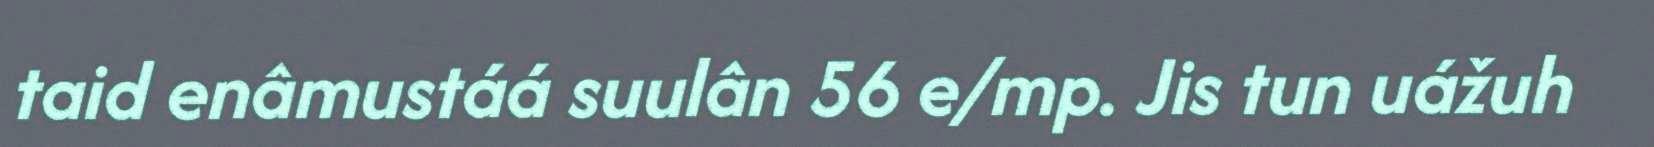
taid enâmustáá suulân 56 e/mp. Jis tun uážuh